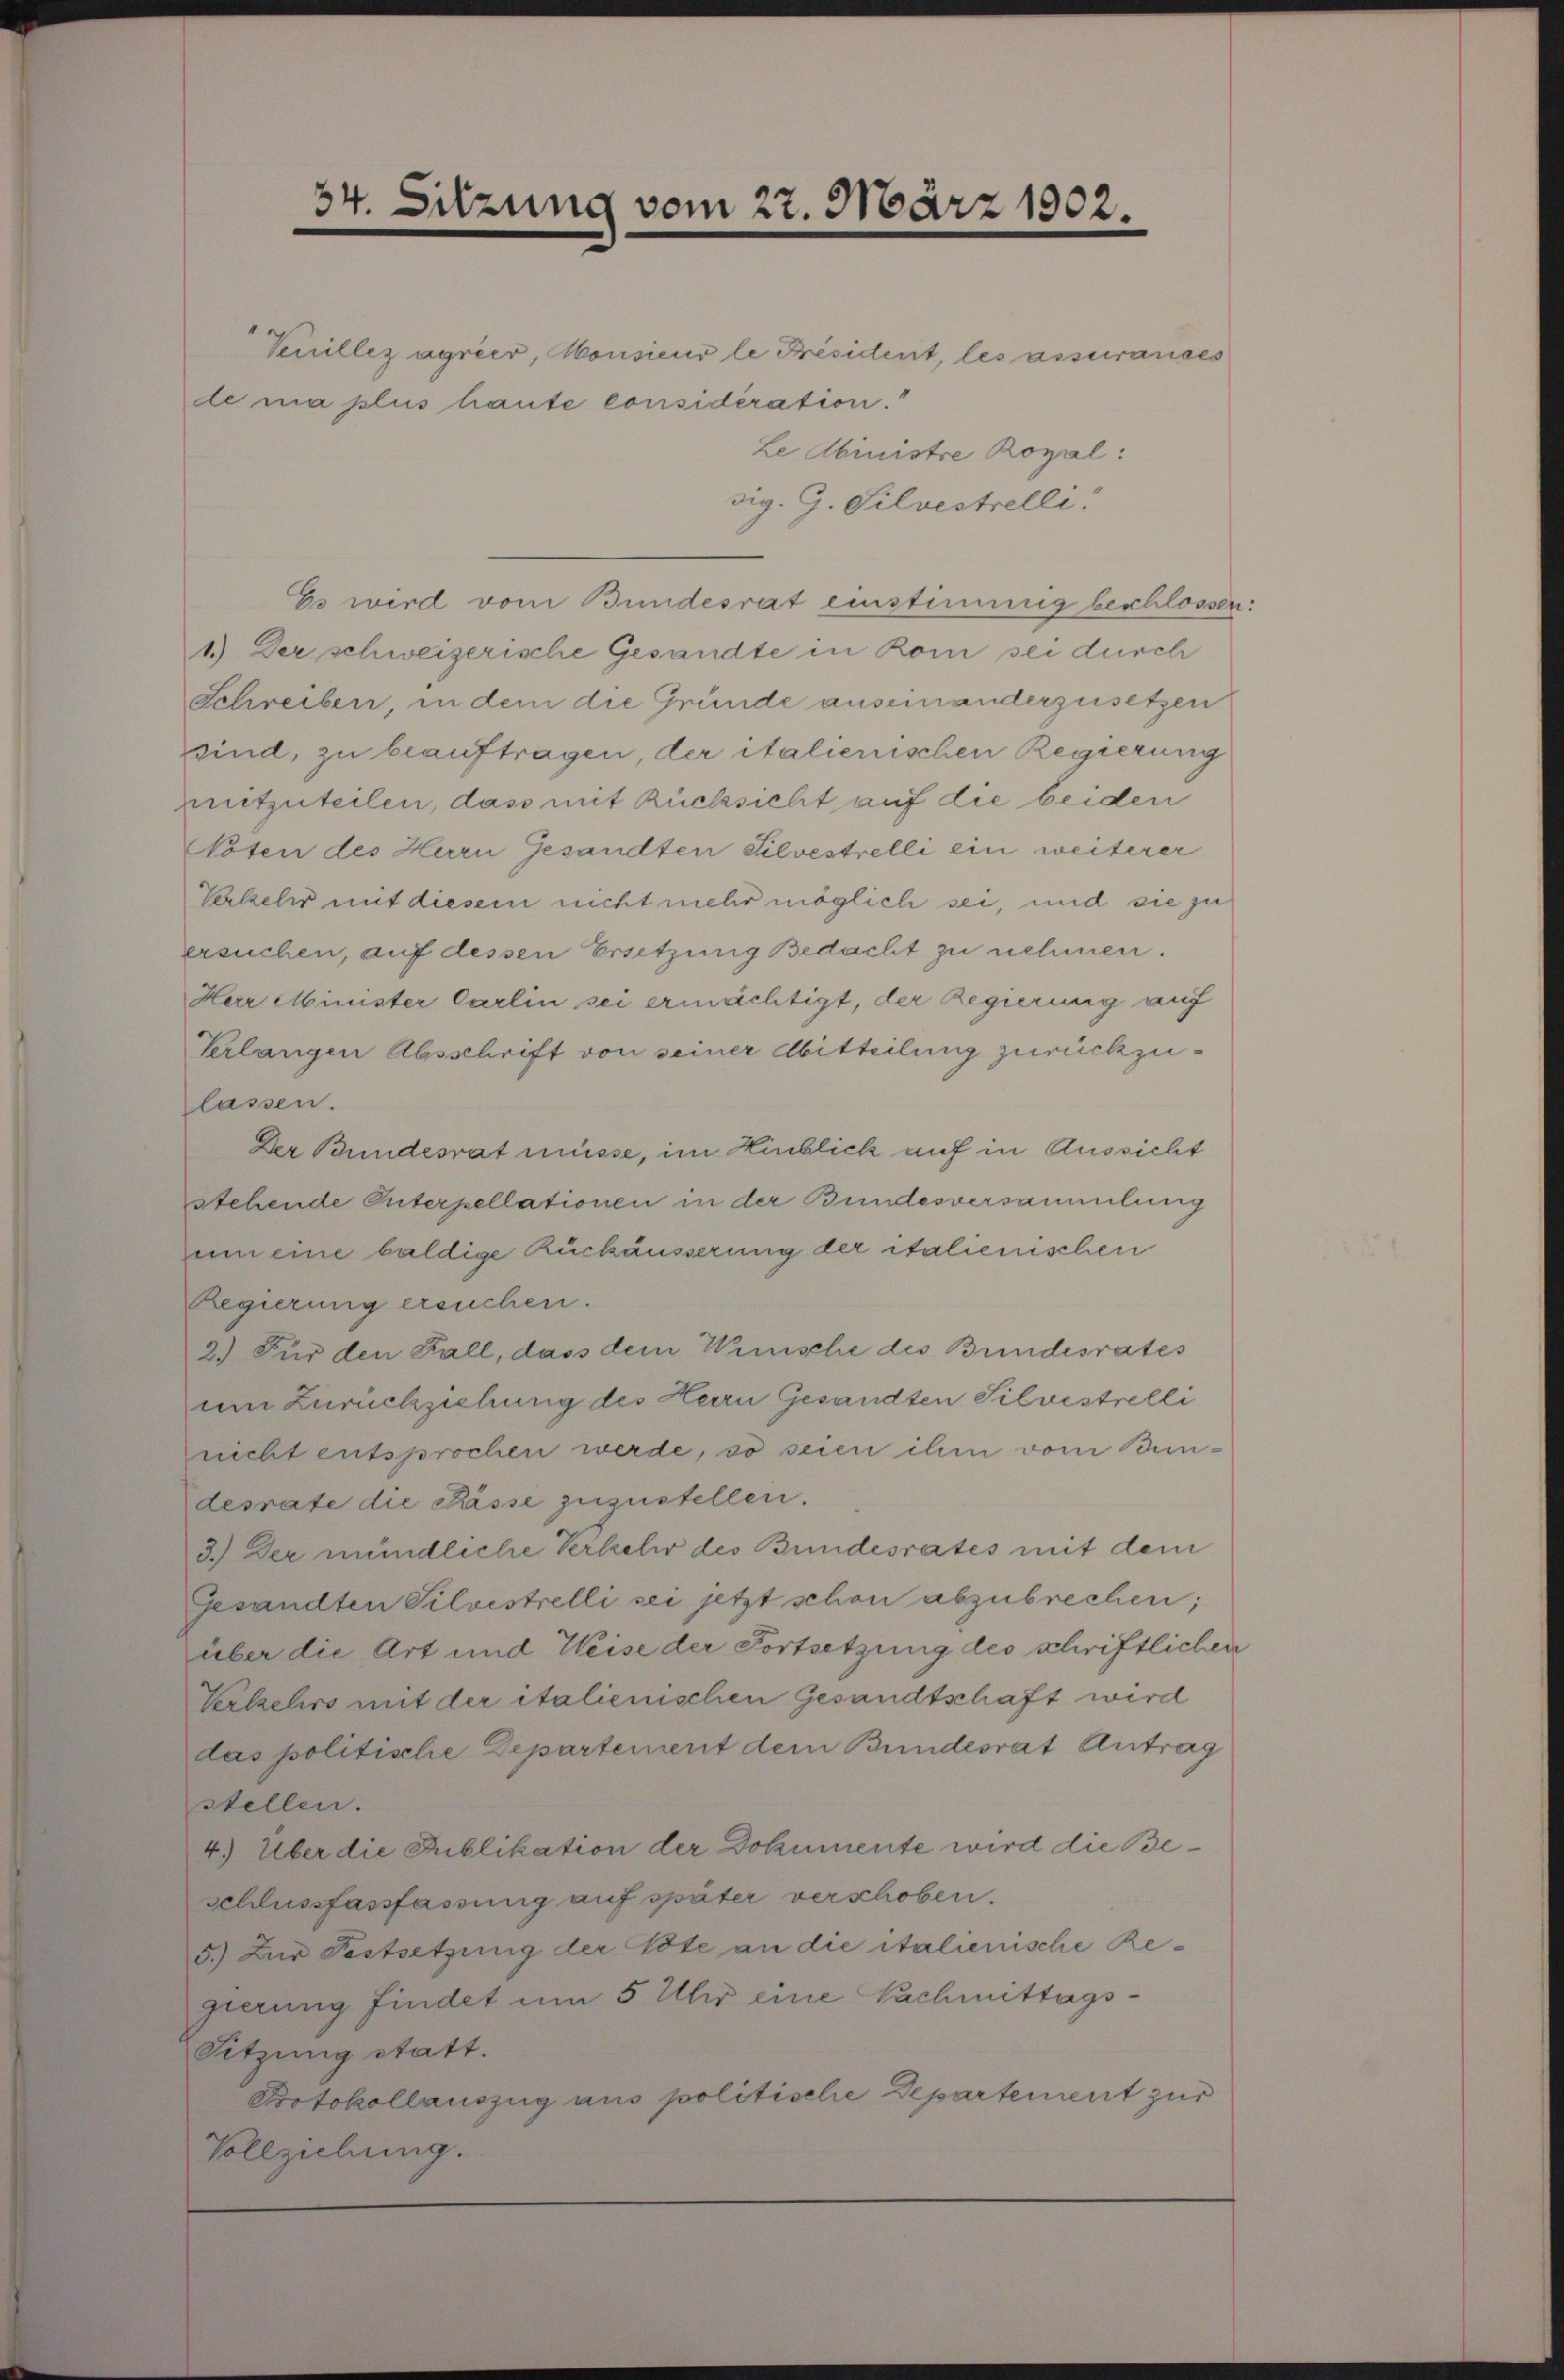
34. Sitzung vom 27. März 1902.

Venillez agrier, Monsieur le Président, les assuranses
de ma plus haute considération.“

Le Abinistre Royal:
sig. G. Silvestrelli
Es wird vom Bundesrat einstimmig beschlossen:
1.) Der schweizerische Gesandte in Rom sei durch
Schreiben, in dem die Gründe auseinanderzusetzen
sind, zu beauftragen, der italienischen Regierung
mitzuteilen, dass mit Rücksicht auf die beiden
Voten des Hern Gesandten Silvestrelli ein weiterer
Verkehr mit diesem nicht mehr möglich sei, und sie zu
ersuchen, auf dessen Ersetzung Bedacht zu nehmen.
Herr Minister Carlin sei ermächtigt, der Regierung auf
Verlangen Absschrift von seiner Mitteilung zurückzulassen.
Der Bundesrat müsse, im Hinblick auf in Aussicht
stehende Interpellationen in der Bundesversammlung
um eine baldige Rückäusserung der italienischen
Regierung ersuchen.
2.) Für den Fall, dass dem Winische des Bundesrates
um Zurückziehung des Herrn Gesandten Silvestrelli
nicht entsprochen werde, so seien ihm vom Bundesrate die Pässe zuzustellen.
3.) Der mündliche Verkehr des Bundesrates mit dem
Gesandten Silvistrelli sei jetzt schon abzubrechen;
über die Art und Weise der Fortsetzung des schriftlichen
Verkehrs mit der italienischen Gesandtschaft wird
das politische Departement dem Bundesrat Antrag
stellen.
4) Über die Publikation der Dokumente wird die Beschlussfassfassung auf später verschoben.
5.) Zur Festsetzung der Tote an die italienische Regierung findet um 5 Uhr eine Nachmittags-
Sitzung statt.
Protokollauszug aus politische Departement zur
Vollziehung.